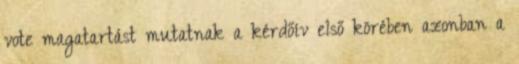
vote magatartást mutatnak a kérdőív első körében azonban a